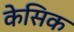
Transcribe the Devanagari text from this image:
केसिक